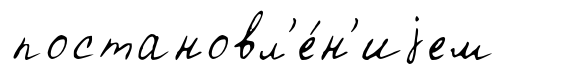
постановл'е́н'иjем